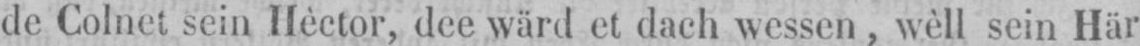
de Colnet sein Hèctor, dee wärd et dach wessen, wèll sein Här